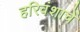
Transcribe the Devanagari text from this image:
हरिवंशाचें